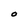
Character: O